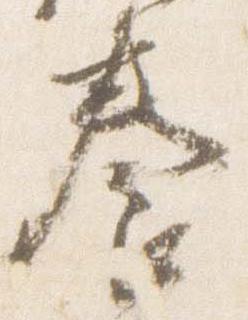
養